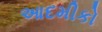
આદમીકો